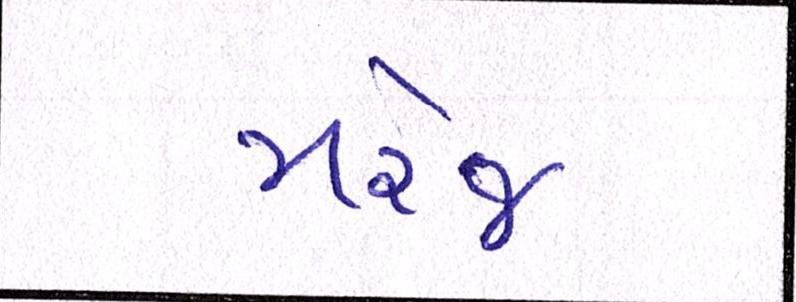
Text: મેરેજ